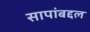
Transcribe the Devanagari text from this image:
सापांबद्दल